Lunatic asylums Central Provinces reports 1886-1894 - 1886-1894
Year: 1886
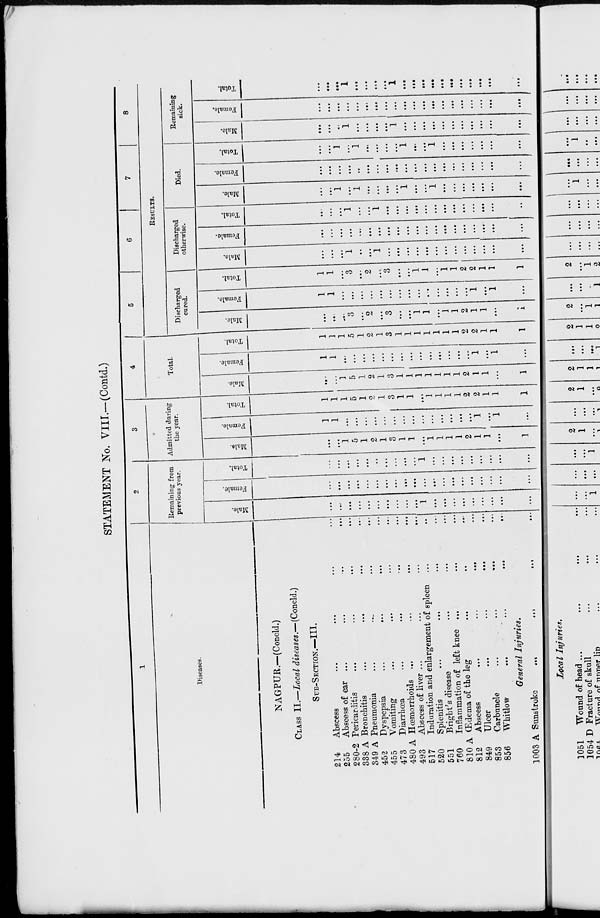
STATEMENT No. VIII.—(Contd.)
1
Diseases.
NAGPUR.—(Concld.)
CLASS II.—Local diseases.—(Concld.)
SUB-SECTION.—III.
214
Abscess ... ... ... ...
255
Abscess of ear
...
...
...
...
280-2 Pericarditis ... ... ... ...
338 A Bronchitis ... ... ... ...
349 A Pneumonia ... ... ... ...
452
Dyspepsia
...
...
...
...
455
Vomiting ... ... ... ...
473
Diarrhœa
...
...
...
...
480 A Hœmorrhoids ... ... ... ...
493
Abscess of liver ... ... ... ...
517
Induration and enlargement of spleen ... ...
520
Splenitis ... ... ... ...
551
Bright's disease ... ... ...
760
Inflammation of left knee ... ... ...
810 A Œdema of the leg ... ... ...
812
Abscess ... ... ... ...
849
Ulcer ... ... ... ...
853
Carbuncle
...
...
...
...
856
Whitlow ... ... ... ...
General Injuries.
1003 A Sunstroke
...
...
...
...
2
Remaining from
previous year.
Male.
...
...
...
...
...
...
...
...
...
...
1
...
...
...
...
...
...
...
...
...
Female.
...
...
...
...
...
...
...
...
...
...
...
...
...
...
...
...
...
...
...
...
Total.
...
...
...
...
...
...
...
...
...
...
1
...
...
...
...
...
...
...
...
...
3
Admitted during
the year.
Male.
...
...
1
5
1
2
1
3
1
1
...
1
1
1
1
2
1
1
...
1
Female.
1
1
...
...
...
...
...
...
...
...
...
...
...
...
...
...
1
...
1
...
Total.
1
1
1
5
1
2
1
3
1
1
...
1
1
1
1
2
2
1
1
1
4
Total.
Male.
...
...
1
5
1
2
1
3
1
1
1
1
1
1
1
2
1
1
...
1
Female.
1
1
...
...
...
...
...
...
...
...
...
...
...
...
...
...
1
...
1
...
Total.
1
1
1
5
1
2
1
3
1
1
1
1
1
1
1
2
2
1
1
1
5
6
7
8
RESULTS.
Discharged
cured.
Male.
...
...
...
3
...
2
...
3
...
...
1
1
...
1
1
2
1
1
...
1
Female.
1
1
...
...
...
...
...
...
...
...
...
...
...
...
...
...
1
...
1
...
Total.
1
1
...
3
...
2
...
3
....
...
1
1
...
1
1
2
2
1
1
1
Discharged
otherwise.
Male.
...
...
...
1
...
...
1
...
...
...
...
...
...
...
...
...
...
...
...
...
Female.
...
...
...
...
...
...
...
...
...
...
...
...
...
...
...
...
...
...
...
...
Total.
...
...
...
1
...
...
1
...
...
...
...
...
...
...
...
...
...
...
...
...
Died.
Male.
...
...
1
...
1
...
...
...
...
1
...
...
1
...
...
...
...
...
...
...
Female.
...
...
...
...
...
...
...
...
...
...
...
...
...
...
...
...
...
...
...
...
Total.
...
...
1
...
1
...
...
...
...
1
...
...
1
...
...
...
...
...
...
...
Remaining
sick.
Male.
...
...
...
1
...
...
...
...
1
...
...
...
...
...
...
...
...
...
...
...
Female.
...
...
...
...
...
...
...
...
...
...
...
...
...
...
...
...
...
...
...
...
Total.
...
...
...
1
...
...
...
...
1
...
...
...
...
...
...
...
...
...
...
...